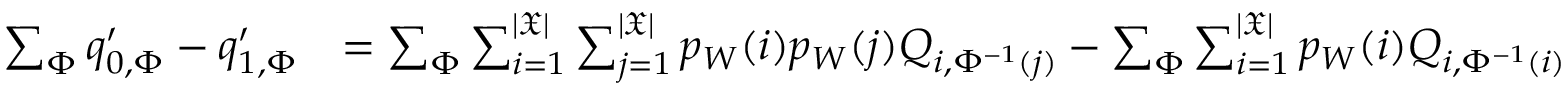
\begin{array} { r l } { \sum _ { \Phi } q _ { 0 , \Phi } ^ { \prime } - q _ { 1 , \Phi } ^ { \prime } } & { = \sum _ { \Phi } \sum _ { i = 1 } ^ { | \mathfrak { X } | } \sum _ { j = 1 } ^ { | \mathfrak { X } | } p _ { W } ( i ) p _ { W } ( j ) Q _ { i , \Phi ^ { - 1 } ( j ) } - \sum _ { \Phi } \sum _ { i = 1 } ^ { | \mathfrak { X } | } p _ { W } ( i ) Q _ { i , \Phi ^ { - 1 } ( i ) } } \end{array}